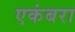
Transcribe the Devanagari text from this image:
एकंबरा